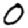
Digit: 0